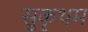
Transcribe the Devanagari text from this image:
सुकृथम